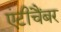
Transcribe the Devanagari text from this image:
एंटीचैंबर